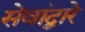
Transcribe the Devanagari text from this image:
सेवांद्वारे